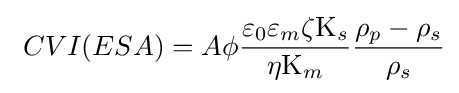
\ CVI(ESA)=A\phi {\frac {\varepsilon _{0}\varepsilon _{m}\zeta \mathrm {K} _{s}}{\eta \mathrm {K} _{m}}}{\frac {\rho _{p}-\rho _{s}}{\rho _{s}}}